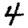
Digit: 4